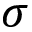
\sigma